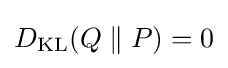
D_{\text{KL}}(Q\parallel P)=0